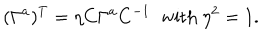
( \Gamma ^ { a } ) ^ { T } = \eta C \Gamma ^ { a } C ^ { - 1 } \; \; \mathrm { w i t h } \ \eta ^ { 2 } = 1 .